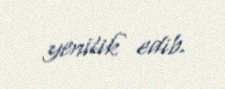
yenilik edib.